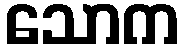
သောက